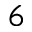
^ 6